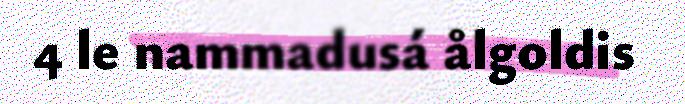
4 le nammadusá ålgoldis